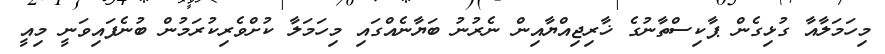
މިހަމަލާއާ ގުޅިގެން ޕާކިސްތާނުގެ ޚާރިޖިއްޔާއިން ނެރުނު ބަޔާނެއްގައި މިހަމަލާ ކުށްވެރިކުރަމުން ބުނެފައިވަނީ މިއީ